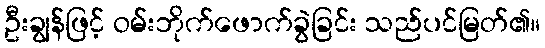
ဦးချွန်ဖြင့် ဝမ်းဘိုက်ဖောက်ခွဲခြင်း သည်ပင်မြတ်၏။